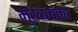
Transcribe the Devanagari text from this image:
मुख्यवक्ता